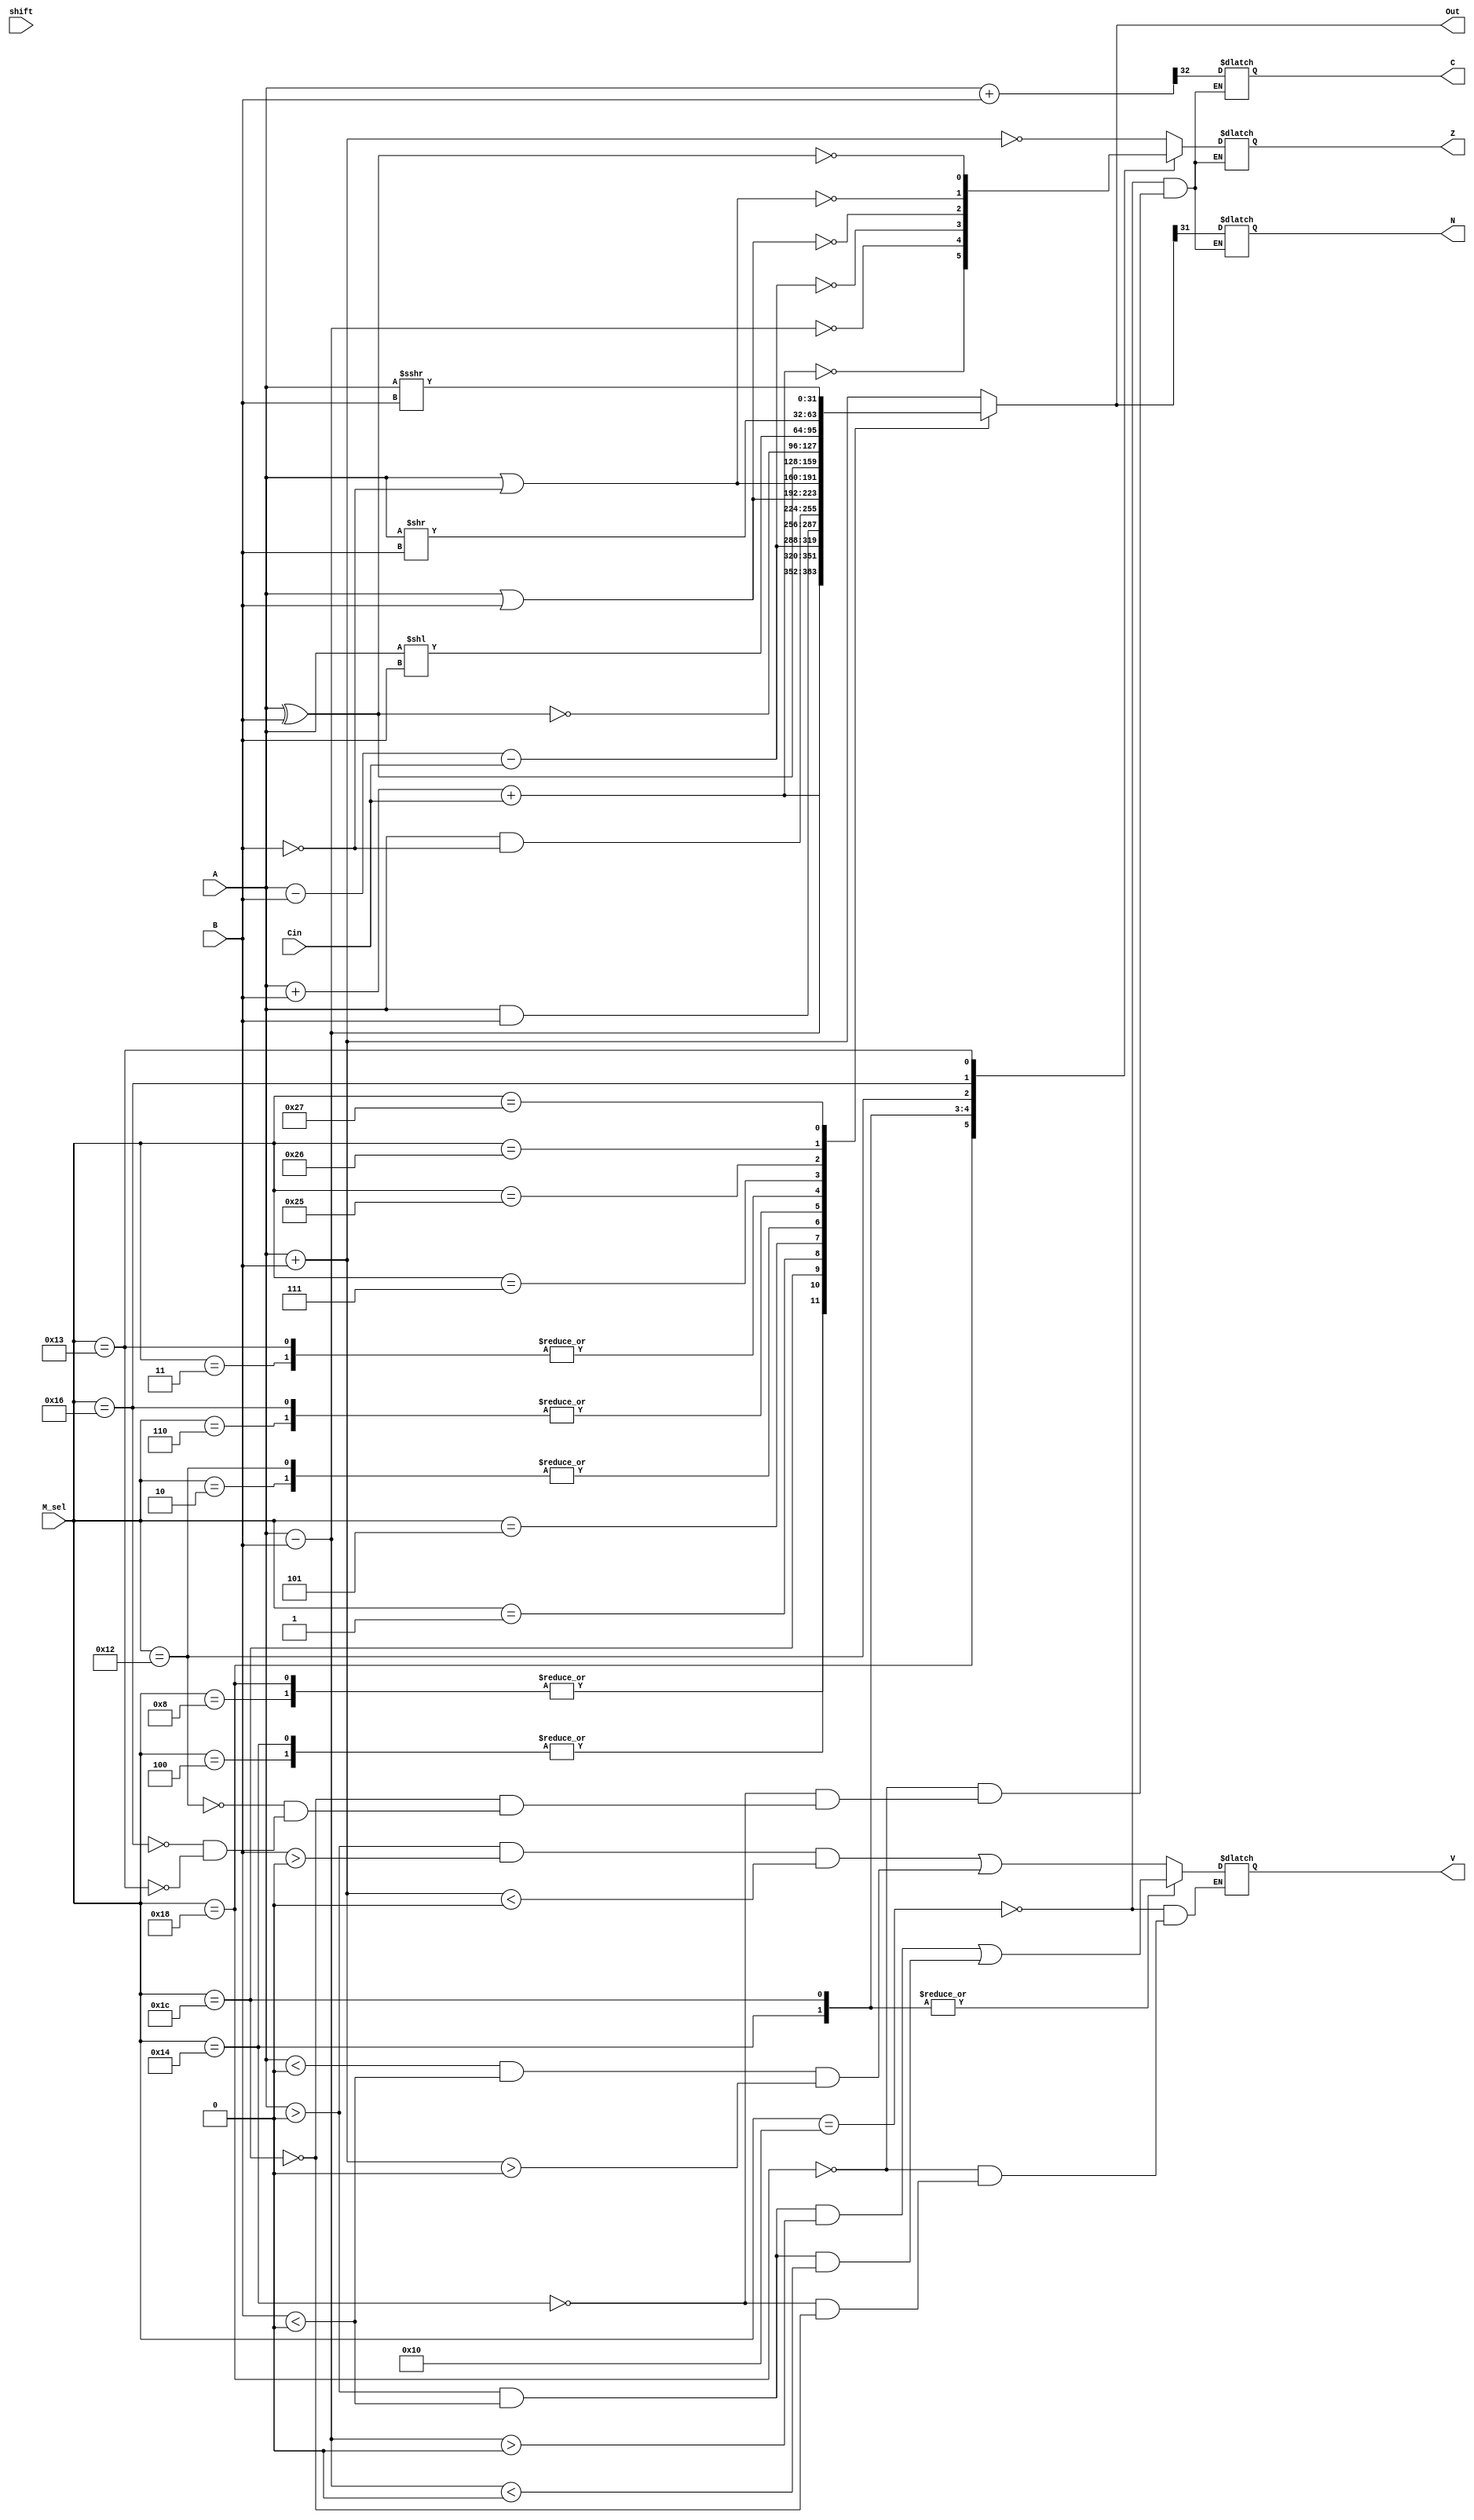
module alu(
           input signed [31:0] A,B,  // 32-bit Inputs                 
           input [5:0] M_sel,// Op Code
           input Cin,  ///carry in
               shift,
           output signed [31:0] Out, // ALU 32-bit Output
            //conditions codes
           output Z,//Zero flag
                  N,//Negative flag
                  C,// Carry Out Flag
                  V// sign change flag
    );
    
    reg signed [31:0] Result;
    reg Zi;
    reg Ni;
    reg Co;
    reg Vi;
    
    wire [32:0] tmp;
    wire [31:0] Ntmp;
   
    
   
    ////////////output///////////////
    assign Out = Result; 
    /////////used for /carry out flag/////////
    assign tmp = {1'b0,A} + {1'b0,B};

    ///////used for negative fag//////////
    assign Ntmp = {1'b0,Out};
   
   
   assign Z=Zi;
  assign  N=Ni;
   assign C=Co;
  assign  V=Vi;
    
    always @(*)
    begin
        case(M_sel)
      
         ////////////Basic Arithmetic instructions////////////  
         6'b000000://add
         begin
            Result = A+B;
            end
         6'b010000://addcc
         begin 
            Result = $signed(A)+$signed(B);   
             Co = tmp[32]; 
             Ni = Ntmp[31]==1;
             Zi= (Result==0);
             Vi= ((A>0&&B>0)&&((A+B)<0))||((A<0&&B<0)&&(A+B)>0);
            
          end 
          
           6'b001000://addx
         begin 
            Result = A + B + Cin;   
             
        
          end 
          6'b011000://addxcc
         begin 
            Result = $signed(A)+$signed(B)+Cin;   
            Co = tmp[32]; //carry out
            Ni = Ntmp[31]==1;
            Zi= (Result==0);
            Vi= ((A>0&&B>0)&&((A+B)<0))||((A<0&&B<0)&&(A+B)>0);
           
          end 
          
          6'b000100://sub
         begin 
            Result = A - B;   
    
          end 
          6'b010100://subcc
         begin 
            Result = $signed(A) - $signed(B);   
            Co = tmp[32]; 
             Ni = Ntmp[31]==1;
            Zi= (Result==0);
             Vi= (A>0&&B<0)&&((A-B)>0)||((A>0&&B<0)&&(A-B)<0);
            
          end 
          6'b010000://subx
         begin 
            Result = $signed(A) -$signed(B)- Cin;   
            
          end 
          6'b011100://subxcc
         begin 
            Result = A - B - Cin;   
            Co= tmp[32]; 
             Ni = Ntmp[31]==1;
            Zi= (Result==0);
            Vi= (A>0&&B<0)&&((A-B)>0)||((A>0&&B<0)&&(A-B)<0);
            
          end 
          /////////////////////////////////////////////////
          ////////////////Logical instructions////////////
          6'b000001: //and 
          begin
           Result =(A & B);
           end
            6'b000001: //andcc 
          begin
           Result = (A & B);
             Co = tmp[32]; 
             Ni = Ntmp[31]==1;
            Zi= (Result==0);
           end
            6'b000101: //andn 
          begin
           Result = (A & ~B);
           end
             6'b000101: //andncc 
          begin
           Result = (A & ~B);
             Co = tmp[32]; 
            Ni = Ntmp[31]==1;
            Zi= (Result==0);
           end
          6'b000010: //or 
          begin
           Result =(A |B);
           end
           6'b010010: //orcc 
          begin
           Result =(A |B);
           Co= tmp[32]; 
             Ni = Ntmp[31]==1;
           Zi= (Result==0);
           end
           6'b000110: //orn 
          begin
           Result =(A |~B);
           end
           6'b010110: //orncc 
          begin
           Result =(A |~B);
            Co = tmp[32]; 
             Ni = Ntmp[31]==1;
           Zi= (Result==0);
           end
           6'b000110: //orn 
          begin
           Result =(A |~B);
           end
            6'b000011: //xor 
          begin
            Result = A ^ B;
           end
             6'b010011: //xorcc 
          begin
            Result = A ^ B;
            Co = tmp[32]; 
            Ni = Ntmp[31]==1;
            Zi= (Result==0);
           end
          6'b000111: //xorn 
          begin
           Result = ~(A ^ B);
           end
            6'b000111: //xorncc 
          begin
           Result = ~(A ^ B);
           Co = tmp[32]; 
            Ni = Ntmp[31]==1;
             Zi= (Result==0);
           end
           
        /////////////////////////////////////////////////////////   
          
         //////////////////////Shift instructions///////////////
         
         
            6'b100101: // logical shift left
            begin
           Result = A<<B;
           end
         6'b100110: // logical shift right
         begin
           Result = A>>B;
            end
            
        6'b100111: // Arithmetic shift right
         begin
           Result = $signed(A)>>>B;
            end
        //////////////////////////////////////////////////// 
        
          default: Result = A + B ; 
        endcase
    end
  
   
endmodule